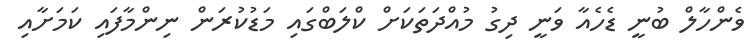
ވެންހާލް ބުނީ ޑެހެއާ ވަނީ ދިގު މުއްދަތަކަށް ކްލަބްގައި މަޑުކުރަން ނިންމާފައި ކަމަށާއި